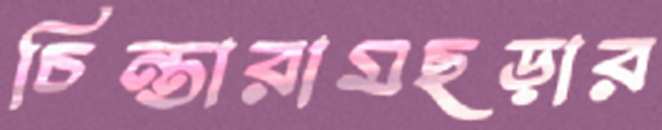
চিন্তারামছড়ার